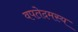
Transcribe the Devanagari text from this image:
वपतेदमस्य